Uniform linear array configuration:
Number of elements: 4
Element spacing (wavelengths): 0.75
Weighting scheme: cosine
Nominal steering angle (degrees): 15
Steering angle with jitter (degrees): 14.402
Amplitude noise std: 0.05
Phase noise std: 0.05

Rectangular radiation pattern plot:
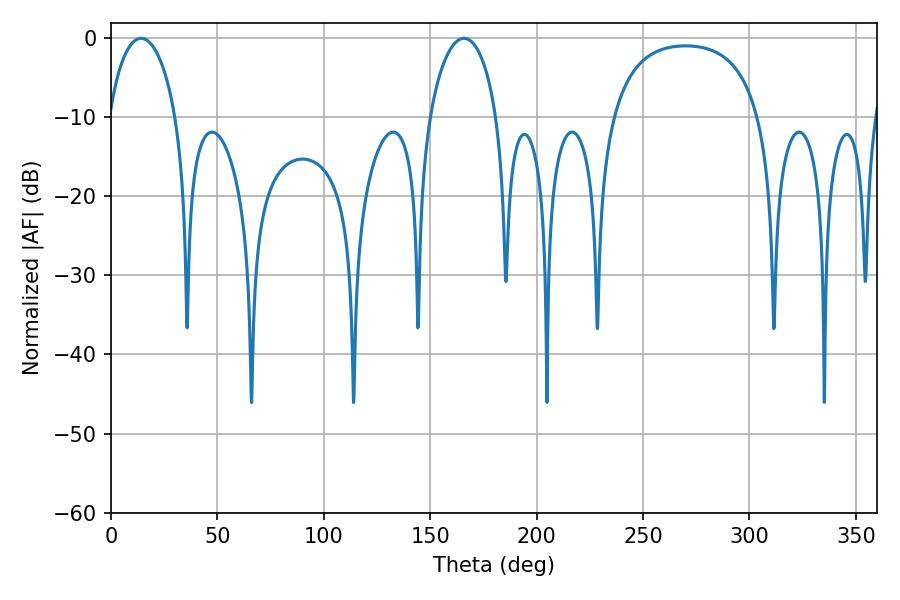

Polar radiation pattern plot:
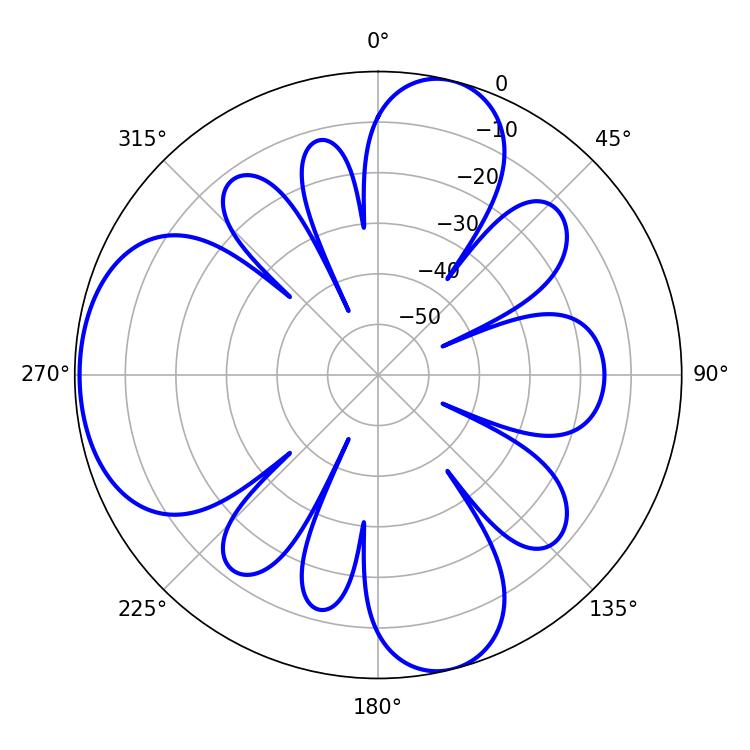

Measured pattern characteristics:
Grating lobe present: TRUE
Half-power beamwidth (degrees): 18.18
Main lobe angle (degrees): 14.22